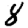
Digit: 8